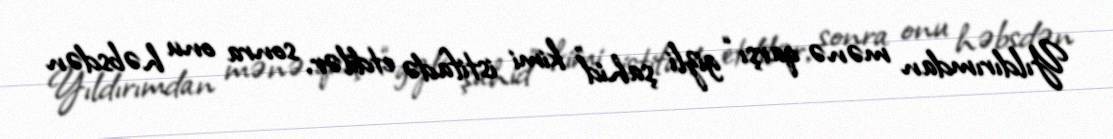
Yıldırımdan mənə qarşı “gizli şahid” kimi istifadə etdilər, sonra onu həbsdən